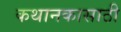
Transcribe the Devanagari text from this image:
कथानकासाठी